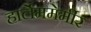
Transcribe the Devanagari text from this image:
हार्लेममेर्मीर